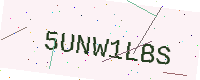
Text: 5UNW1LBS